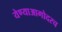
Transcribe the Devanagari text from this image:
येण्याआगोदरच